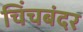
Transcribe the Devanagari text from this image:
चिंचबंदर